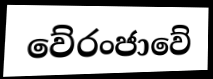
වේරංජාවේ